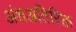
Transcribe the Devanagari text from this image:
अंशअतिरिक्त